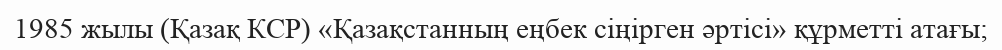
1985 жылы (Қазақ КСР) «Қазақстанның еңбек сіңірген әртісі» құрметті атағы;